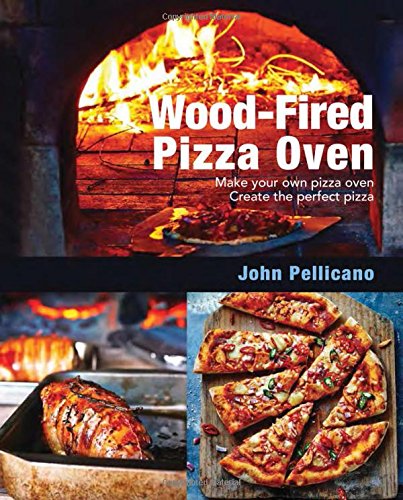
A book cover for Wood-Fired Pizza Oven: Make Your Own Pizza Oven Create the Perfect Pizza; John Pellicano; Cookbooks, Food & Wine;